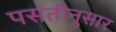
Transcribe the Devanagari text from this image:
पसंतीनुसार